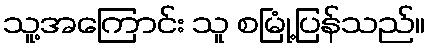
သူ့အကြောင်း သူ စမြုံ့ပြန်သည်။